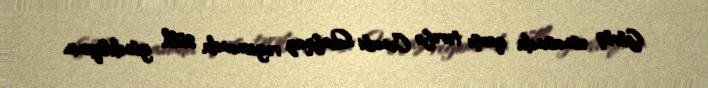
Görüş əsnasında qarşı tərəfə Cənubi Qafqaz regionunda sülh gündəliyinin